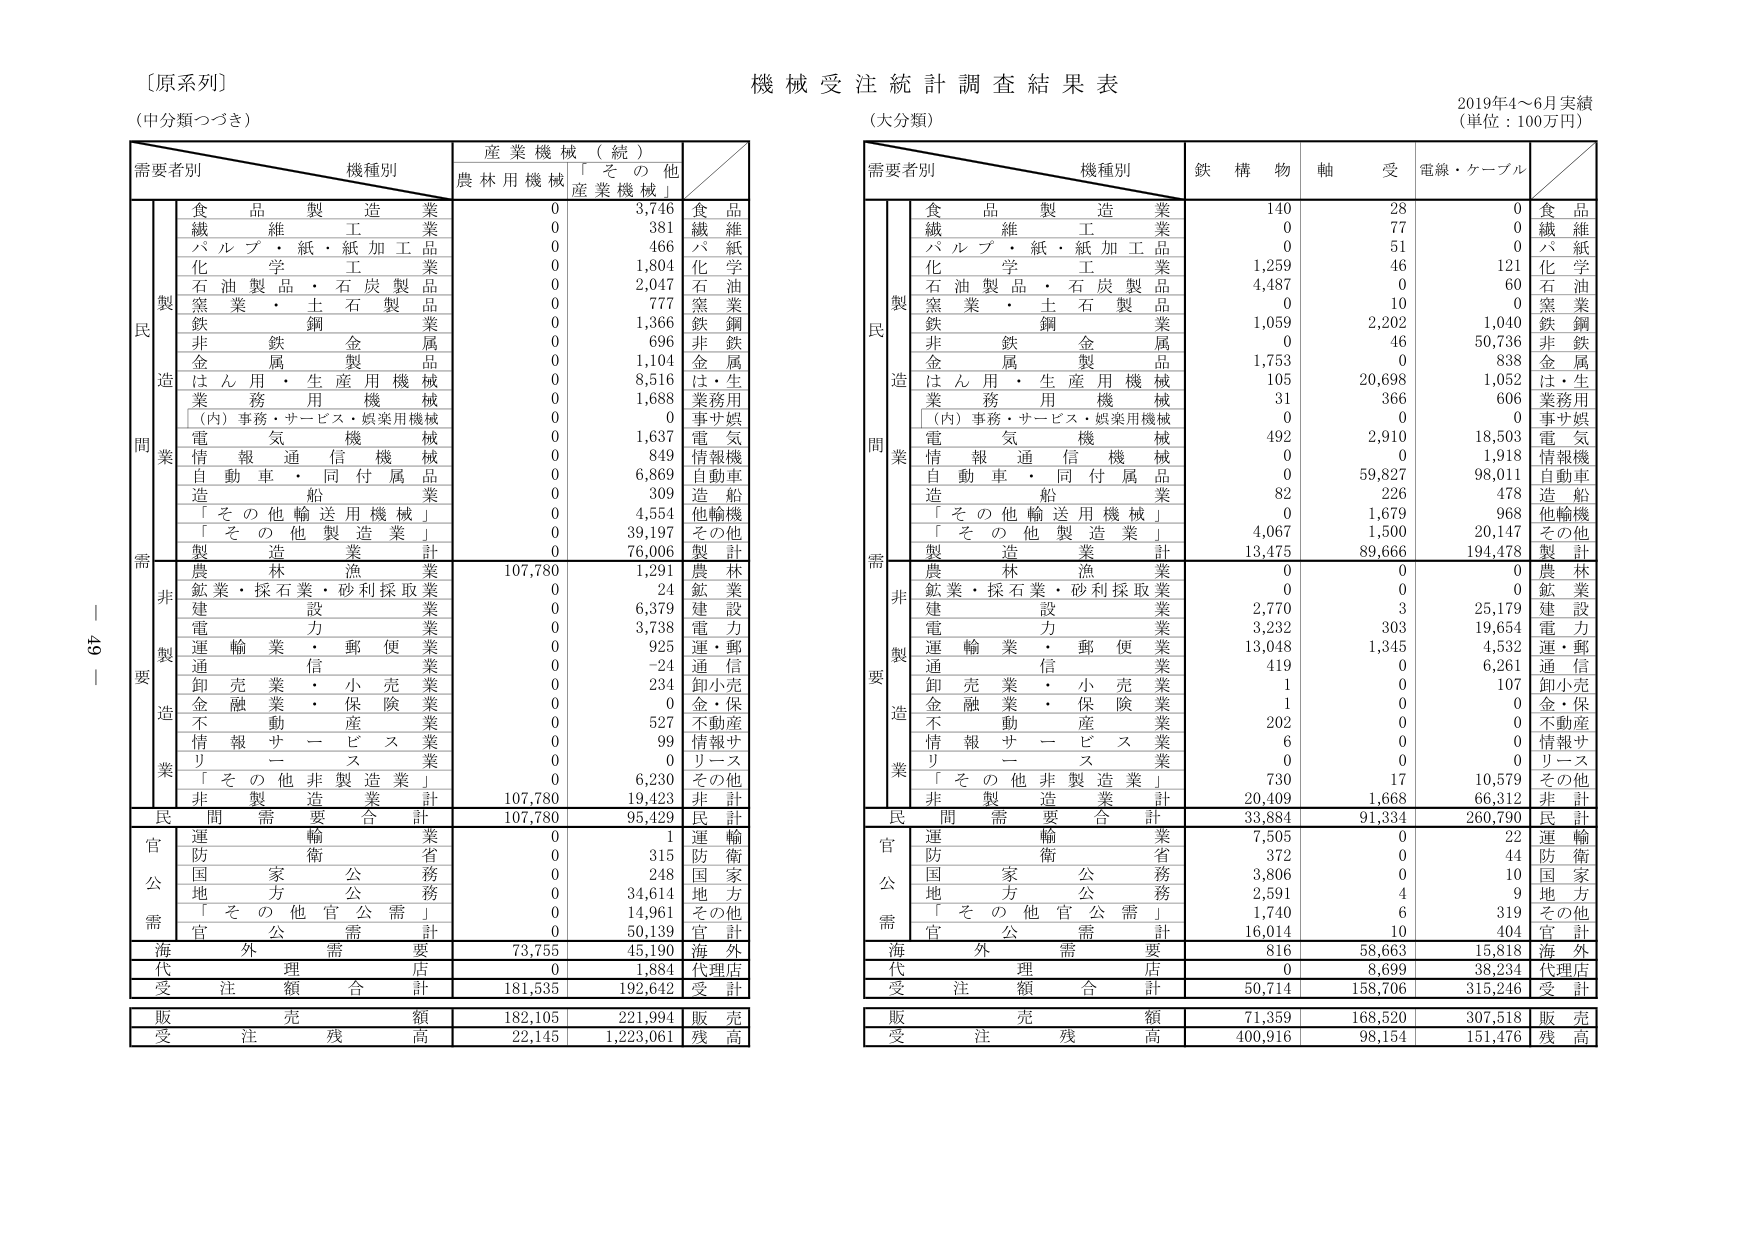
〔原系列〕
（中分類つづき）

需要者別　　　　　　　　機種別　　　　　　　　産業機械（続）
　　　　　　　　　　　　　　　　　　　　　　　農林用機械　　「その他」
　　　　　　　　　　　　　　　　　　　　　　　　　　　　　　産業機械」